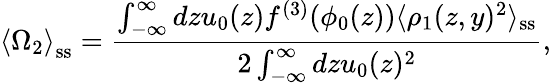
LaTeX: \left\langle\Omega_{2}\right\rangle_{\mathrm{ss}}=\frac{\int_{-\infty}^{\infty}dzu_{0}(z)f^{(3)}(\phi_{0}(z))\langle\rho_{1}(z,y)^{2}\rangle_{\mathrm{ss}}}{2\int_{-\infty}^{\infty}dzu_{0}(z)^{2}},